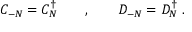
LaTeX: C _ { - N } = C _ { N } ^ { \dagger } \qquad , \qquad D _ { - N } = D _ { N } ^ { \dagger } \; .